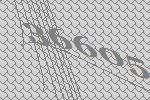
36605